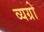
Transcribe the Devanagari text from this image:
व्यग्रो